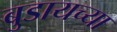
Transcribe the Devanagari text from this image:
बुडायच्या